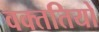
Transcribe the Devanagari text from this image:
वक्ततियो